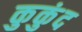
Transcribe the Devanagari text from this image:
कुकुंद